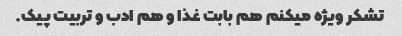
تشکر ویژه میکنم هم بابت غذا و هم ادب و تربیت پیک.